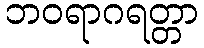
ဘဝရာဂရတ္တာ